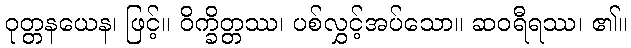
ဝုတ္တနယေန၊ ဖြင့်။ ဝိက္ခိတ္တဿ၊ ပစ်လွှင့်အပ်သော။ ဆဝရီရဿ၊ ၏။